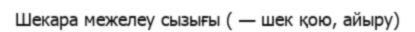
Шекара межелеу сызығы ( — шек қою, айыру)